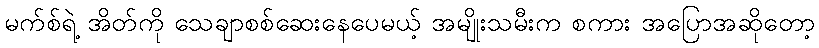
မက်စ်ရဲ့ အိတ်ကို သေချာစစ်ဆေးနေပေမယ့် အမျိုးသမီးက စကား အပြောအဆိုတော့